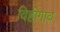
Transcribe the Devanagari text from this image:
विहीगाव